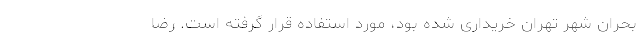
بحران شهر تهران خریداری شده بود، مورد استفاده قرار گرفته است. رضا